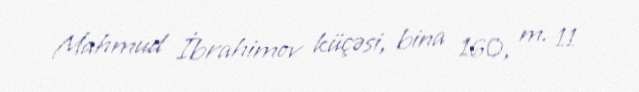
Mahmud İbrahimov küçəsi, bina 160, m. 11